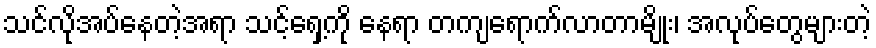
သင်လိုအပ်နေတဲ့အရာ သင့်ရှေ့ကို နေရာ တကျရောက်လာတာမျိုး၊ အလုပ်တွေများတဲ့